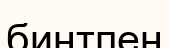
бинтпен